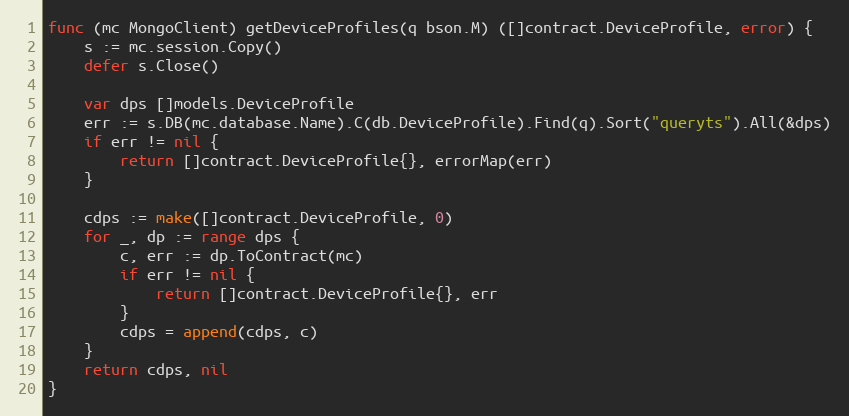
Language: Go
func (mc MongoClient) getDeviceProfiles(q bson.M) ([]contract.DeviceProfile, error) {
	s := mc.session.Copy()
	defer s.Close()

	var dps []models.DeviceProfile
	err := s.DB(mc.database.Name).C(db.DeviceProfile).Find(q).Sort("queryts").All(&dps)
	if err != nil {
		return []contract.DeviceProfile{}, errorMap(err)
	}

	cdps := make([]contract.DeviceProfile, 0)
	for _, dp := range dps {
		c, err := dp.ToContract(mc)
		if err != nil {
			return []contract.DeviceProfile{}, err
		}
		cdps = append(cdps, c)
	}
	return cdps, nil
}